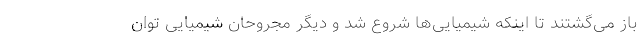
باز می‌گشتند تا اینکه شیمیایی‌ها شروع شد و دیگر مجروحان شیمیایی توان